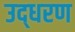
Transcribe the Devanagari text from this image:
उद्‍धरण